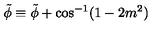
\tilde { \phi } \equiv \tilde { \phi } + \cos ^ { - 1 } ( 1 - 2 m ^ { 2 } )